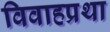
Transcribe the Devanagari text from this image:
विवाहप्रथा